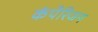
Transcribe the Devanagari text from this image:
कंपेरिजन